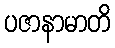
ပဇာနာမာတိ